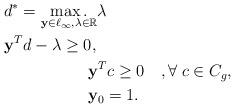
LaTeX: \begin{align*}&d^*=\underset{\mathbf{y}\in\ell_\infty, \lambda\in\mathbb{R}}{\max.} \lambda\\& \mathbf{y}^T d-\lambda\geq 0,\\&\quad\quad\quad\quad\quad\, \mathbf{y}^T c \geq 0\quad,\forall\; c\in C_g,\\&\quad\quad\quad\quad\quad\, \mathbf{y}_{0}=1.\end{align*}